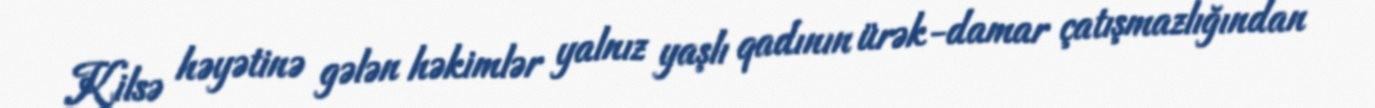
Kilsə həyətinə gələn həkimlər yalnız yaşlı qadının ürək-damar çatışmazlığından